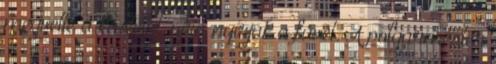
megvette a kastélyt, újra nyírják a füvet. A polgármester